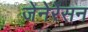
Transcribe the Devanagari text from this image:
जेनेरेसन